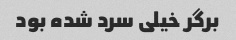
برگر خیلی سرد شده بود